Notes on the propagation and cultivation of the medicinal cinchonas, or Peruvian bark trees
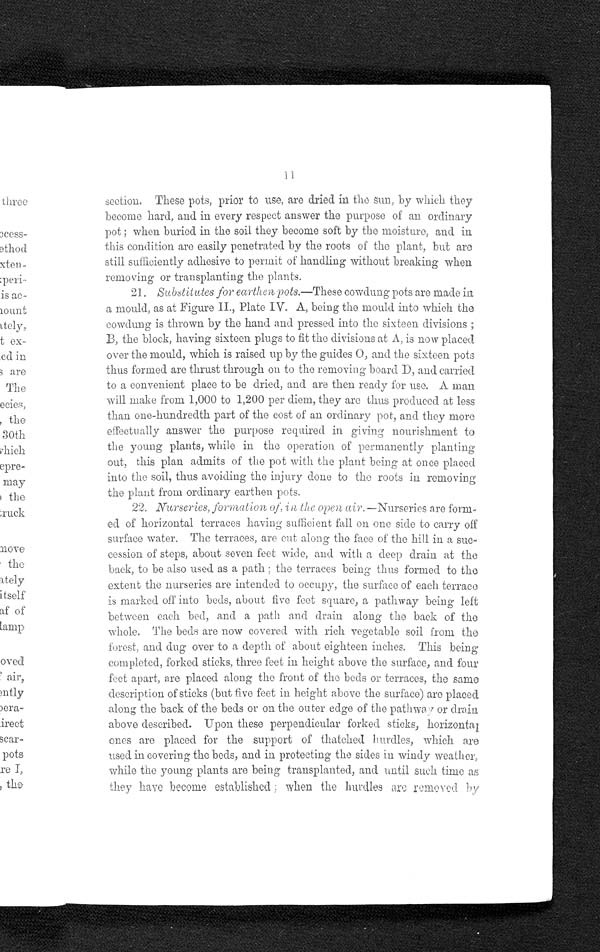
11
section. These pots, prior to use, are dried in the sun, by which they
become hard, and in every respect answer the purpose of an ordinary
pot ; when buried in the soil they become soft by the moisture, and in
this condition are easily penetrated by the roots of the plant, but are
still sufficiently adhesive to permit of handling without breaking when
removing or transplanting the plants.
21. Substitutes for earthen pots.—These cowdung pots are made in
a mould, as at Figure II., Plate IV. A, being the mould into which the
cowdung is thrown by the hand and pressed into the sixteen divisions ;
B, the block, having sixteen plugs to fit the divisions at A, is now placed
over the mould, which is raised up by the guides O, and the sixteen pots
thus formed are thrust through on to the removing board D, and carried
to a convenient place to be dried, and are then ready for use. A man
will make from 1,000 to 1,200 per diem, they are thus produced at less
than one-hundredth part of the cost of an ordinary pot, and they more
effectually answer the purpose required in giving nourishment to
the young plants, while in the operation of permanently planting
out, this plan admits of the pot with the plant being at once placed
into the soil, thus avoiding the injury done to the roots in removing
the plant from ordinary earthen pots.
22. Nurseries, formation of, in, the open air.— Nurseries are form-
ed of horizontal terraces having sufficient fall on one side to carry off
surface water. The terraces, are cut along the face of the hill in a. suc-
cession of steps, about seven feet wide, and with a deep drain at the
back, to be also used as a path ; the terraces being thus formed to the
extent the nurseries are intended to occupy, the surface of each terrace
is marked off into beds, about five feet square, a pathway being left
between each bed, and a path and drain along the back of the
whole. The beds are now covered with rich vegetable soil from the
forest, and dug over to a depth of about eighteen inches. This being
completed, forked sticks, three feet in height above the surface, and four
feet apart, are placed along the front of the beds or terraces, the same
description of sticks (but five feet in height above the surface) are placed
along the back of the beds or on the outer edge of the pathway or drain
above described. Upon these perpendicular forked sticks, horizonta
ones are placed for the support of thatched hurdles, which are
used in covering the beds, and in protecting the sides in windy weather,
while the young plants are being transplanted, and until such time as
they have become established ; when the hurdles are removed by